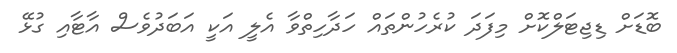
ބޮޑަށް ޑިޖިޓަލްކޮށް މިފަދަ ކުރެހުންތައް ހަދާހިތްވާ އެލީ އަކީ އަބަދުވެސް އާޓާއި ގުޅޭ